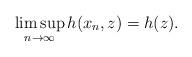
LaTeX: \begin{align*}\limsup\limits_{n\to\infty}h(x_n,z)=h(z).\end{align*}